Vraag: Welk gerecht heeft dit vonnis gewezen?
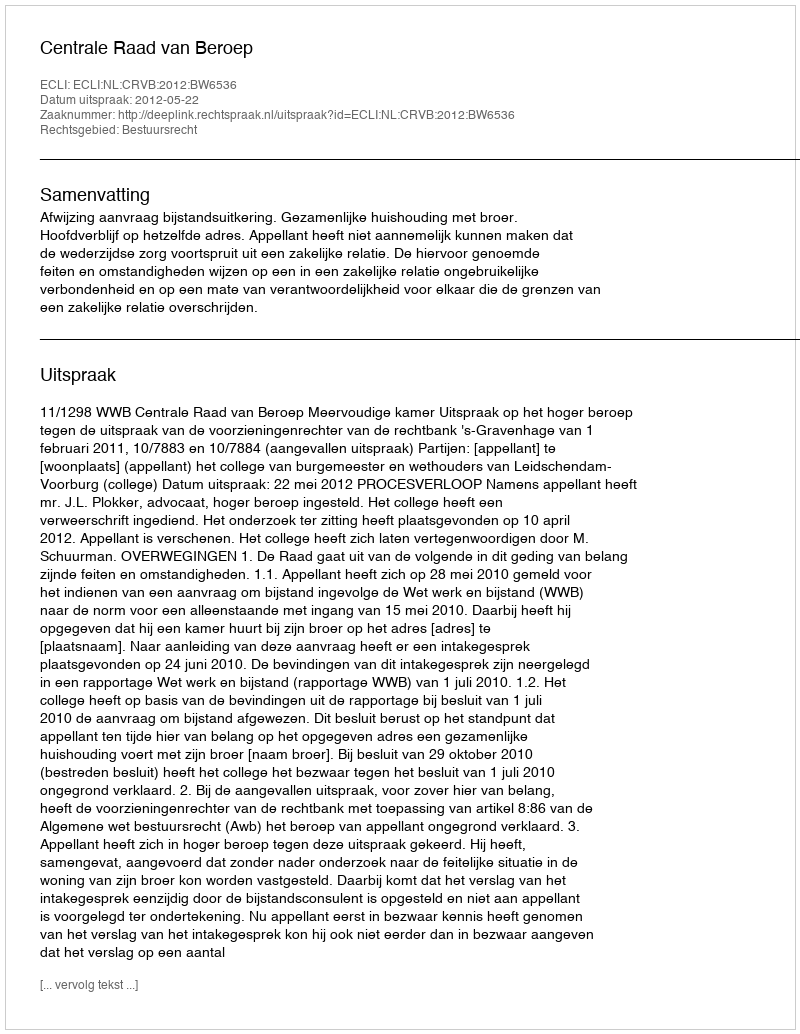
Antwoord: Centrale Raad van Beroep